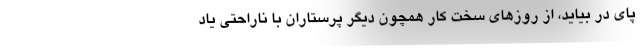
پای در بیاید، از روزهای سختِ کار همچون دیگر پرستاران با ناراحتی یاد